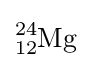
{\ce {^{24}_{12}Mg}}